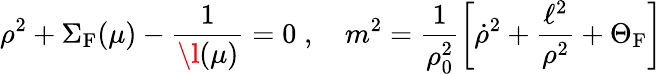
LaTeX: \rho^{2}+\Sigma_{\mathrm{F}}(\mu)-\frac{1}{\l(\mu)}=0\; ,\quad m^{2}=\frac{1}{\rho_{0}^{2}}\left[{\dot{\rho}}^{2}+\frac{\ell^{2}}{\rho^{2}}+\Theta_{\mathrm{F}}\right]